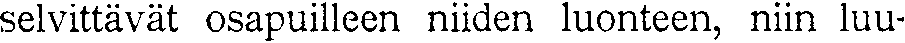
selvittävät osapuilleen niiden luonteen, niin luu-